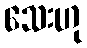
သေးဟု